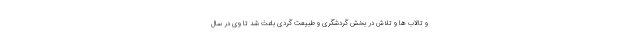
و تالاب ها و تلاش در بخش گردشگری و طبیعت گردی باعث شد تا وی در سال